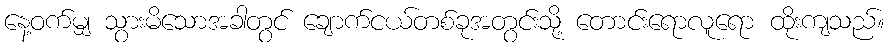
နေ့ဝက်မျှ သွားမိသောအခါတွင် ချောက်ငယ်တစ်ခုအတွင်းသို့ တောင်းရောလူရော ထိုးကျသည်။